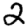
Digit: 2